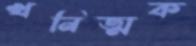
খনিত্মক